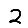
Digit: 2